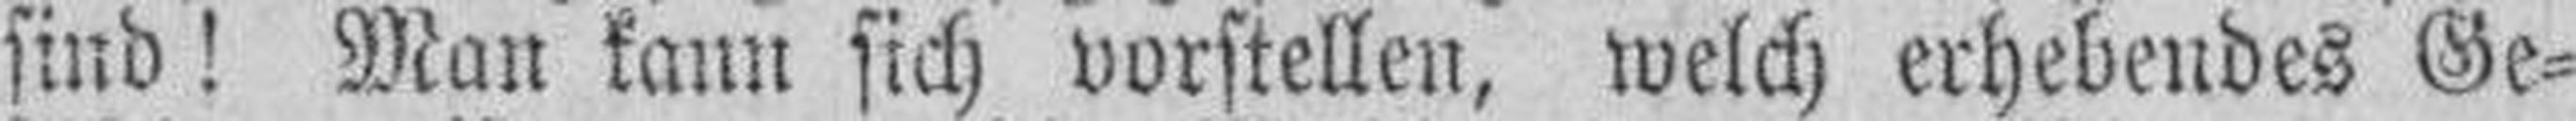
sind! Man kann sich vorstellen, welch erhebendes Ge¬